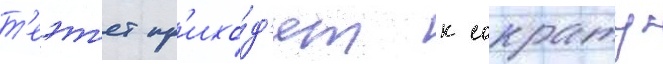
т'еэт'ет пр'ихо́д'ят к сократу